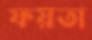
ফয়তা